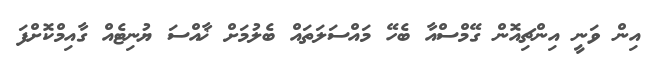
އިން ވަނީ އިންޗިއޮން ގޭމްސްއާ ބެހޭ މައްސަލަތައް ބެލުމަށް ޚާއްސަ ޔުނިޓެއް ގާއިމްކޮށްފަ